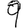
Digit: 9